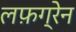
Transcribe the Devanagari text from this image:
लफ़ग्रेन